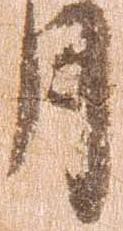
月